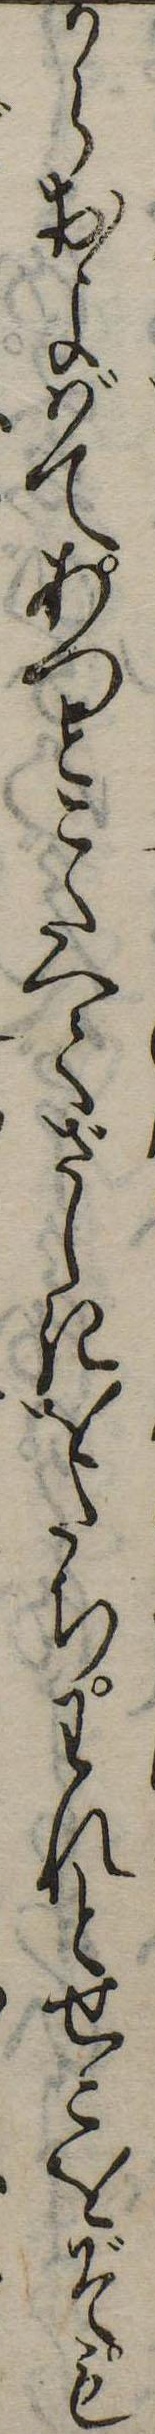
からおよばてあつとこたへてざしきをたちわれとせこをぞも